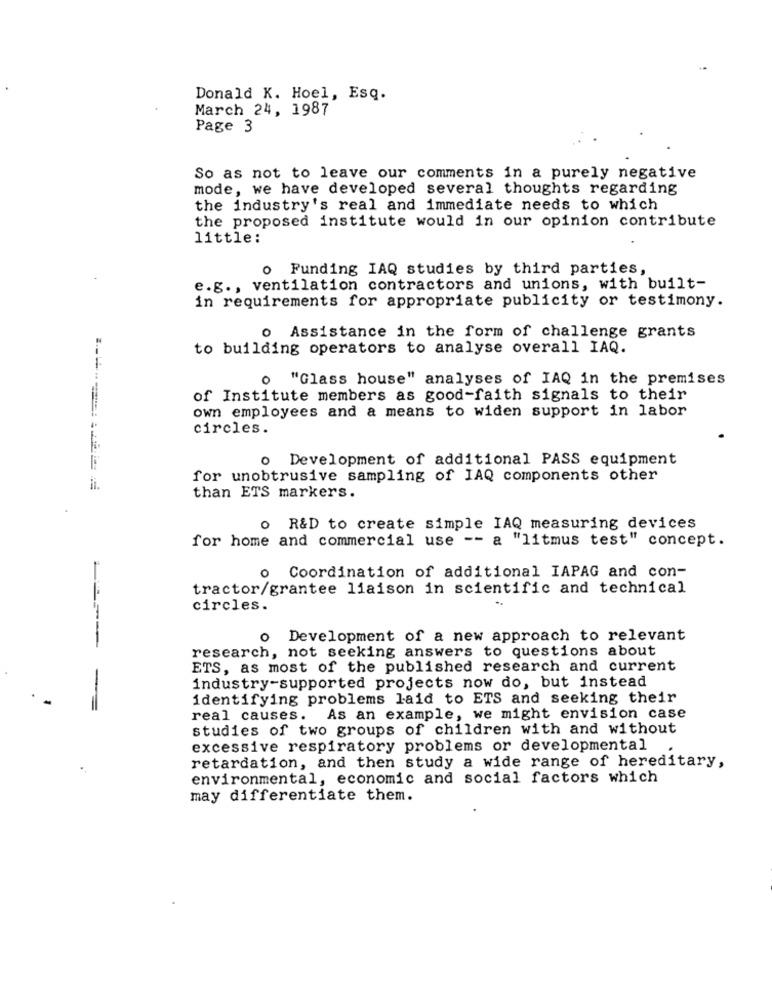
Donald K. Hoel, Esq.
March 24, 1987
Page 3
So as not to leave our comments in a purely negative
mode, we have developed several thoughts regarding
the industry's real and immediate needs to which
the proposed institute would in our opinion contribute
little:
o Funding IAQ studies by third parties,
e.g ., ventilation contractors and unions, with built-
in requirements for appropriate publicity or testimony.
o Assistance in the form of challenge grants
to building operators to analyse overall IAQ.
0 "Glass house" analyses of IAQ in the premises
of Institute members as good-faith signals to their
own employees and a means to widen support in labor
circles.
o Development of additional PASS equipment
for unobtrusive sampling of IAQ components other
li.
than ETS markers.
o R&D to create simple IAQ measuring devices
for home and commercial use -- a "litmus test" concept.
Coordination of additional IAPAG and con-
0
tractor/grantee liaison in scientific and technical
circles.
o Development of a new approach to relevant
research, not seeking answers to questions about
ETS, as most of the published research and current
-
industry-supported projects now do, but instead
identifying problems laid to ETS and seeking their
=
real causes.
As an example, we might envision case
studies of two groups of children with and without
excessive respiratory problems or developmental
retardation, and then study a wide range of hereditary,
environmental, economic and social factors which
may differentiate them.